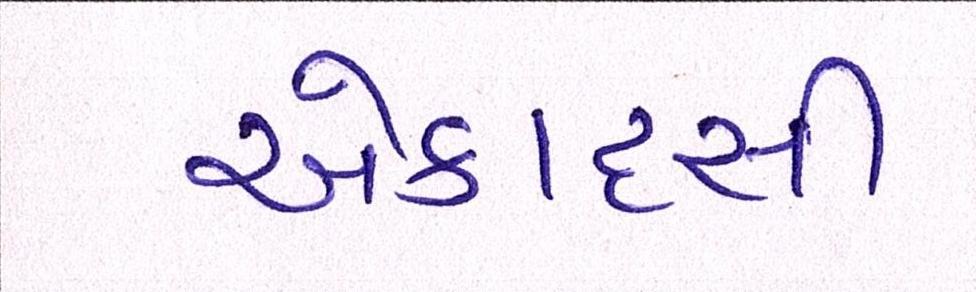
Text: એકાદસી